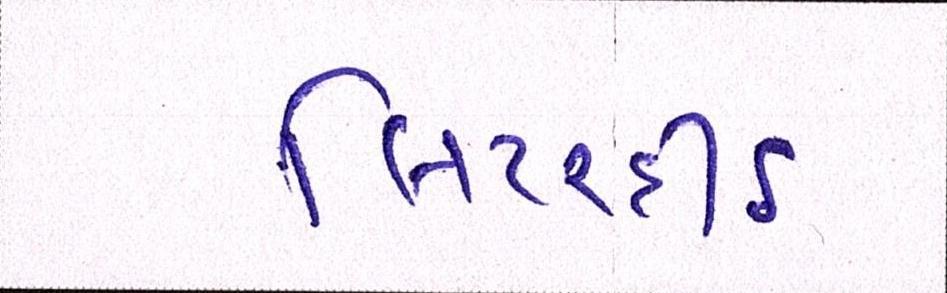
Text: લિટરદીઠ